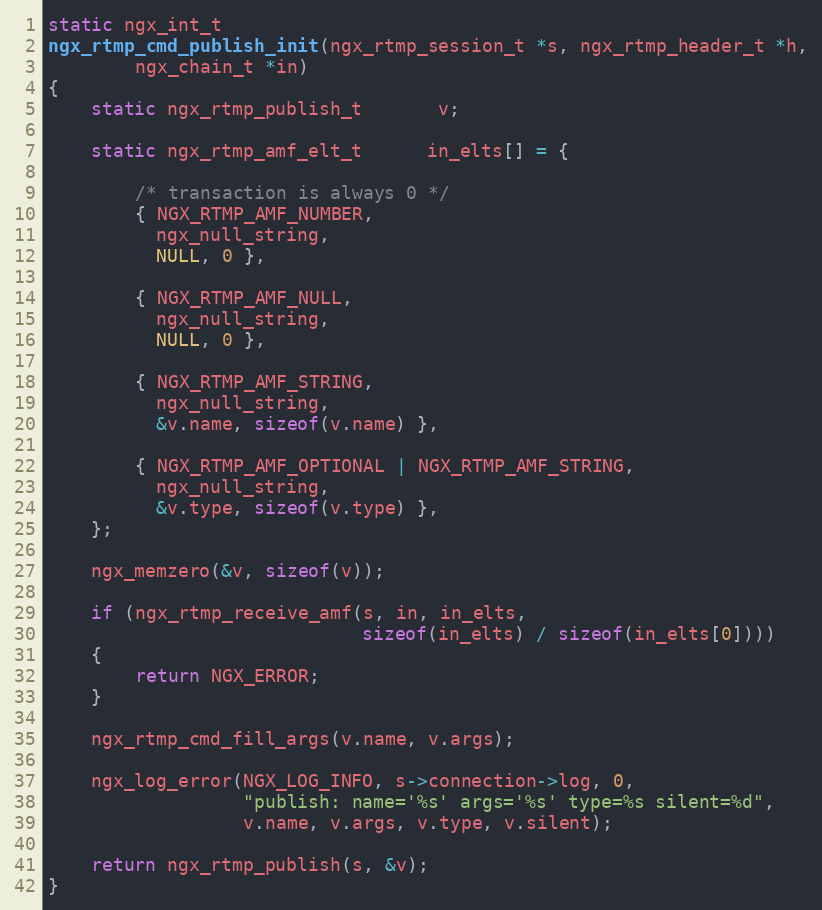
Language: C
static ngx_int_t
ngx_rtmp_cmd_publish_init(ngx_rtmp_session_t *s, ngx_rtmp_header_t *h,
        ngx_chain_t *in)
{
    static ngx_rtmp_publish_t       v;

    static ngx_rtmp_amf_elt_t      in_elts[] = {

        /* transaction is always 0 */
        { NGX_RTMP_AMF_NUMBER,
          ngx_null_string,
          NULL, 0 },

        { NGX_RTMP_AMF_NULL,
          ngx_null_string,
          NULL, 0 },

        { NGX_RTMP_AMF_STRING,
          ngx_null_string,
          &v.name, sizeof(v.name) },

        { NGX_RTMP_AMF_OPTIONAL | NGX_RTMP_AMF_STRING,
          ngx_null_string,
          &v.type, sizeof(v.type) },
    };

    ngx_memzero(&v, sizeof(v));

    if (ngx_rtmp_receive_amf(s, in, in_elts,
                             sizeof(in_elts) / sizeof(in_elts[0])))
    {
        return NGX_ERROR;
    }

    ngx_rtmp_cmd_fill_args(v.name, v.args);

    ngx_log_error(NGX_LOG_INFO, s->connection->log, 0,
                  "publish: name='%s' args='%s' type=%s silent=%d",
                  v.name, v.args, v.type, v.silent);

    return ngx_rtmp_publish(s, &v);
}